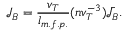
{ \mathcal { J } _ { B } } = \frac { v _ { T } } { l _ { m . f . p . } } ( n v _ { T } ^ { - 3 } ) \bar { \mathcal { J } _ { B } } .